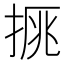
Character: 𢮉